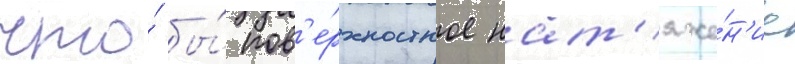
что́ бы́ пов'е́рхностное нат'яже́н'ие